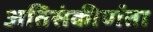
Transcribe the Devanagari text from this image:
अतिसंकीर्णता